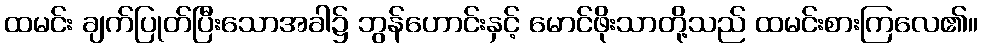
ထမင်း ချက်ပြုတ်ပြီးသောအခါ၌ ဘွန်ဟောင်းနှင့် မောင်ဖိုးသာတို့သည် ထမင်းစားကြလေ၏။